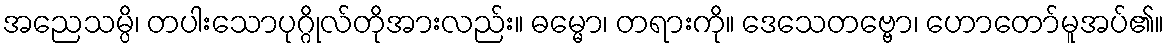
အညေသမ္ပိ၊ တပါးသောပုဂ္ဂိုလ်တိုအားလည်း။ ဓမ္မော၊ တရားကို။ ဒေသေတဗ္ဗော၊ ဟောတော်မူအပ်၏။